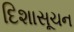
દિશાસૂચન